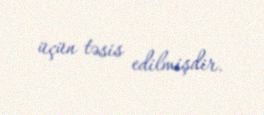
üçün təsis edilmişdir.